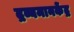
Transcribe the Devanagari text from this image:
द्रव्यमानकेंद्र